Madras plague regulations in force outside the Presidency town - Volume 3
Disease focus: Plague
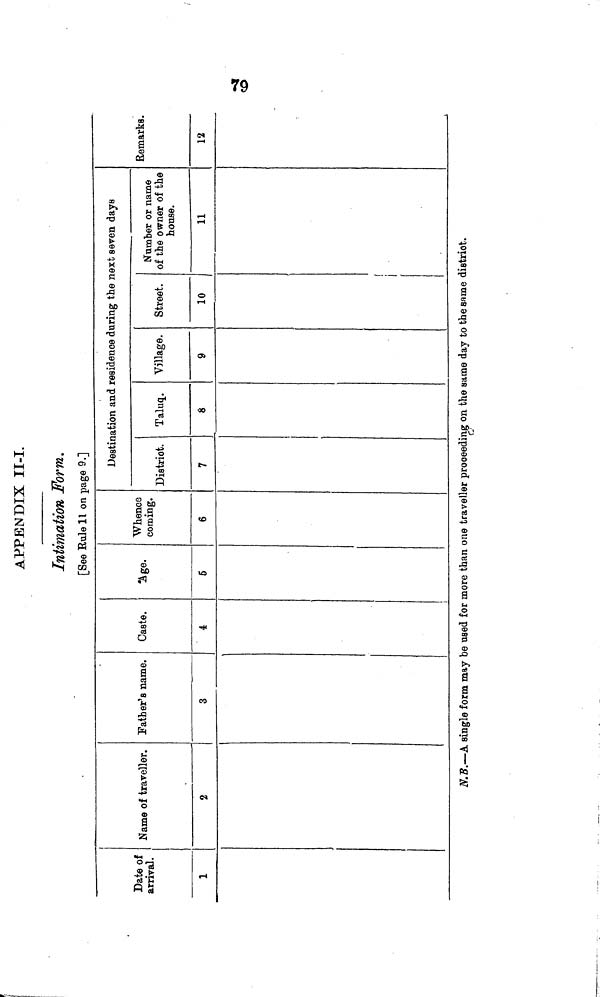
•*
o
APPENDIX II-I.
Intimation Form.
[See Rule 11 on page 9.]
Date of
arrival.
1
Name of traveller.
2
Father's name.
3
1
Caste.
4
'Age.
5
Whence
coming.
6
Destination and residence during the next seven days
District.
7
Talu<i.
8
Village.
9
Street.
10
tfumber or name
of the owner of the
house.
11
Remarks.
12
N.B.—A single form may be used for more than one traveller proceeding on the same day to the same district.